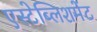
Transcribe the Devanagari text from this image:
एस्टेब्लिशमेंट